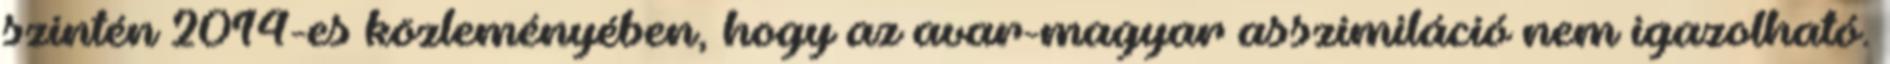
szintén 2014-es közleményében, hogy az avar-magyar asszimiláció nem igazolható.